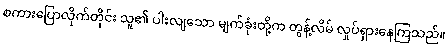
စကားပြောလိုက်တိုင်း သူ၏ ပါးလျသော မျက်ခုံးတို့က တွန့်လိမ် လှုပ်ရှားနေကြသည်။